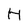
Character: H